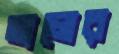
তালের